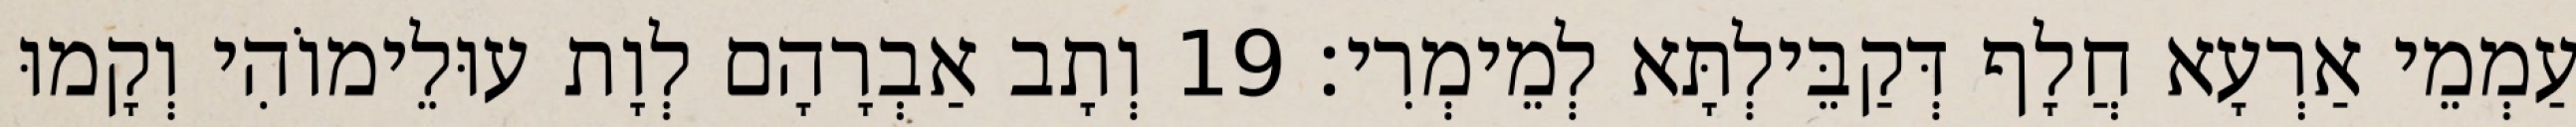
עַמְמֵי אַרְעָא חֲלָף דְּקַבֵּילְתָּא לְמֵימְרִי׃ 19 וְתָב אַבְרָהָם לְוָת עוּלֵימוֹהִי וְקָמוּ